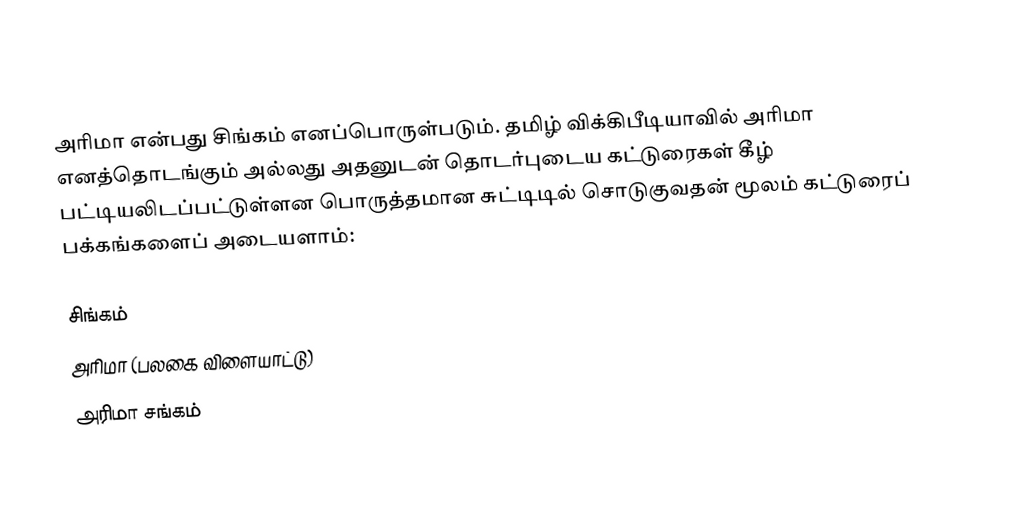
அரிமா என்பது சிங்கம் எனப்பொருள்படும். தமிழ் விக்கிபீடியாவில் அரிமா எனத்தொடங்கும் அல்லது அதனுடன் தொடர்புடைய கட்டுரைகள் கீழ் பட்டியலிடப்பட்டுள்ளன பொருத்தமான சுட்டிடில் சொடுகுவதன் மூலம் கட்டுரைப் பக்கங்களைப் அடையளாம்:

 சிங்கம்
 அரிமா (பலகை விளையாட்டு)
 அரிமா சங்கம்